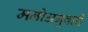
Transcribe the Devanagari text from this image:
मनोअनुवर्ती